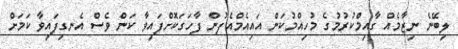
ލިބޭނެ ނިޒާމެއް ގާއިމްކުރުމުގެ މުހިއްމުކަން އައިއެމްއެފުން ފާހަގަކޮށްފައިވާ ކަން ވެސް އެނގިފައިވާ ކަމަށް